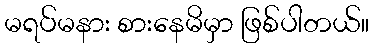
မရပ်မနား စားနေမိမှာ ဖြစ်ပါတယ်။